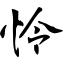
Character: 怜